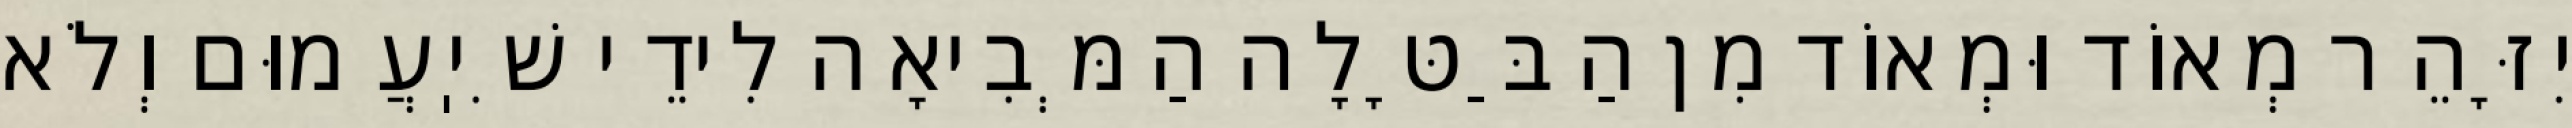
יִזָּהֵר מְאוֹד וּמְאוֹד מִן הַבַּטָּלָה הַמְּבִיאָה לִידֵי שִׁיֽעֲמוּם וְלֹא